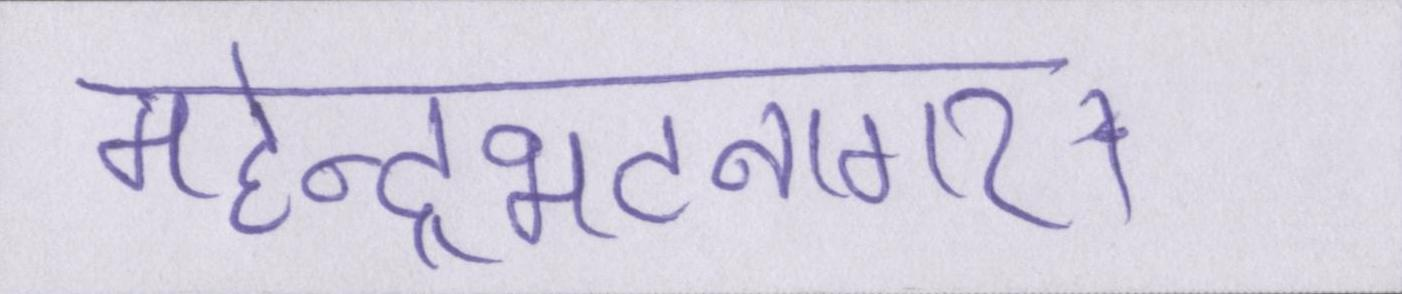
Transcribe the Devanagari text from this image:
महेन्द्रभटनागर